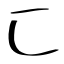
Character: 匚